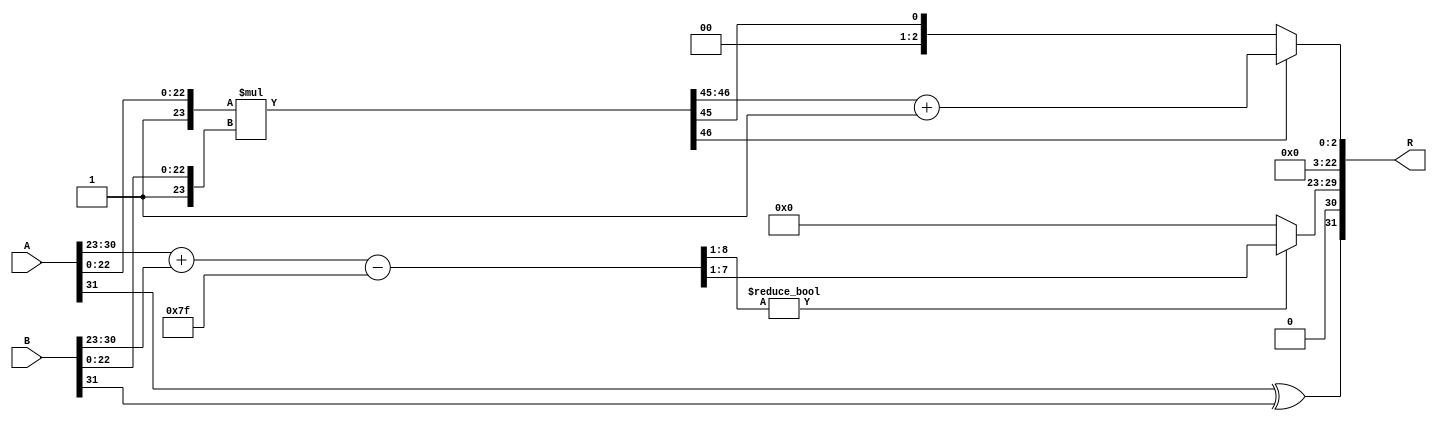
module floating_point_multiplier (
    input  wire [31:0] A,  // Input A (32-bit floating-point)
    input  wire [31:0] B,  // Input B (32-bit floating-point)
    output reg  [31:0] R   // Output R (32-bit floating-point)
);

    // Constants
    localparam BIAS = 127;
    localparam MANTISSA_WIDTH = 23;
    localparam EXPONENT_WIDTH = 8;

    // Decompose inputs
    wire S_A = A[31];                  // Sign bit of A
    wire [EXPONENT_WIDTH-1:0] E_A = A[30:23]; // Exponent of A
    wire [MANTISSA_WIDTH-1:0] M_A = A[22:0];   // Mantissa of A

    wire S_B = B[31];                  // Sign bit of B
    wire [EXPONENT_WIDTH-1:0] E_B = B[30:23]; // Exponent of B
    wire [MANTISSA_WIDTH-1:0] M_B = B[22:0];   // Mantissa of B

    // Sign calculation
    wire S_R = S_A ^ S_B;              // Result sign

    // Exponent calculation
    wire [EXPONENT_WIDTH:0] E_R_temp = {1'b0, E_A} + {1'b0, E_B} - BIAS; // Adding exponents and subtracting bias
    wire [EXPONENT_WIDTH-1:0] E_R = E_R_temp[EXPONENT_WIDTH:1] ? E_R_temp[EXPONENT_WIDTH-1:1] : 8'b0; // Handle overflow

    // Mantissa calculation
    wire [MANTISSA_WIDTH+1:0] M_A_prime = {1'b1, M_A}; // Normalized mantissa of A
    wire [MANTISSA_WIDTH+1:0] M_B_prime = {1'b1, M_B}; // Normalized mantissa of B
    wire [2*MANTISSA_WIDTH+2:0] P = M_A_prime * M_B_prime; // Product of mantissas

    // Normalization
    wire [MANTISSA_WIDTH+1:0] M_R_temp;
    wire [EXPONENT_WIDTH-1:0] E_R_adjusted;
    wire normalization_needed;

    assign normalization_needed = P[2*MANTISSA_WIDTH+2]; // Check if normalization is needed
    assign M_R_temp = normalization_needed ? P[2*MANTISSA_WIDTH+1:MANTISSA_WIDTH+1] : P[2*MANTISSA_WIDTH:MANTISSA_WIDTH]; // Shift if needed
    assign E_R_adjusted = normalization_needed ? E_R + 1 : E_R; // Adjust exponent if normalization occurred

    // Rounding (round to nearest even)
    wire [MANTISSA_WIDTH:0] M_R_rounded;
    assign M_R_rounded = M_R_temp[MANTISSA_WIDTH] ? M_R_temp[MANTISSA_WIDTH:MANTISSA_WIDTH-1] + 1 : M_R_temp[MANTISSA_WIDTH:MANTISSA_WIDTH-1]; // Simple rounding

    // Final output assembly
    always @(*) begin
        R = {S_R, E_R_adjusted, M_R_rounded[MANTISSA_WIDTH-1:0]}; // Combine sign, exponent, and mantissa
    end

endmodule